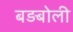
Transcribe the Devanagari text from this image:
बड़बोली